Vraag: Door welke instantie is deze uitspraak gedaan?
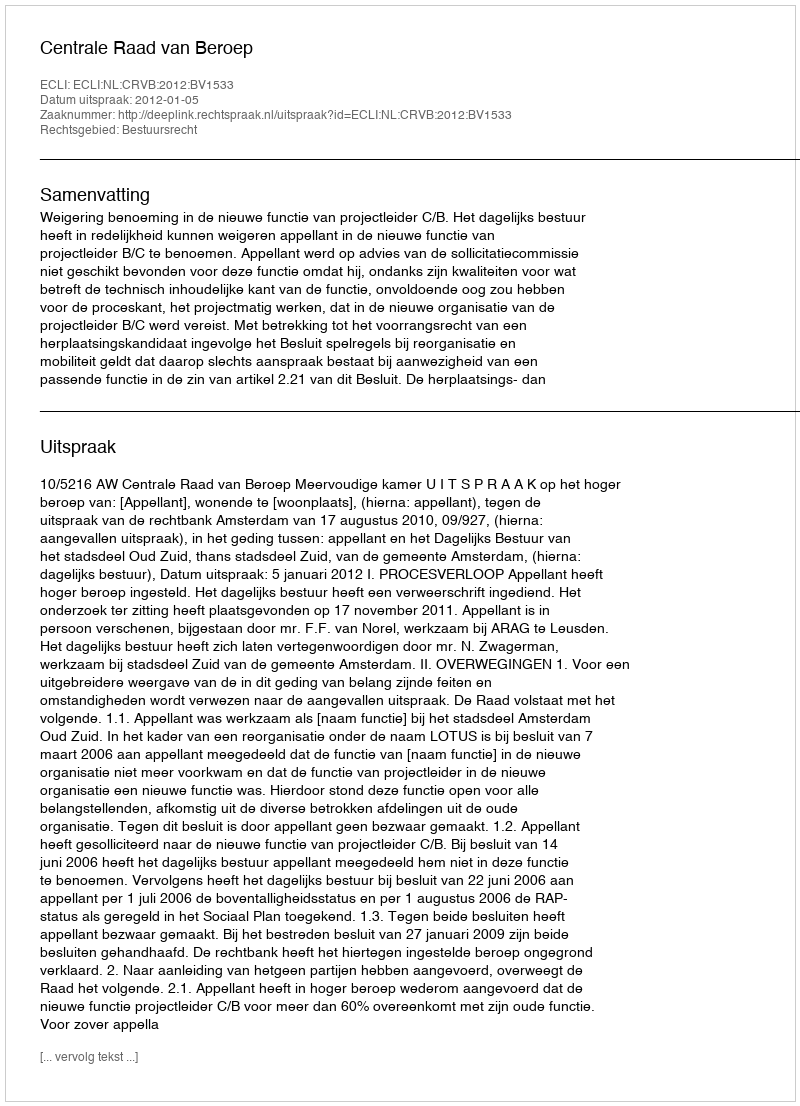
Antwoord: Centrale Raad van Beroep